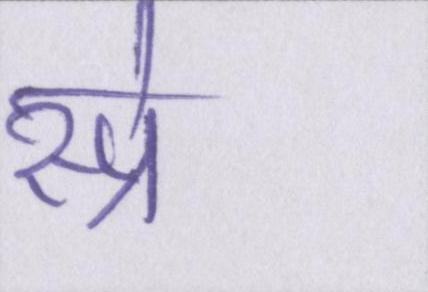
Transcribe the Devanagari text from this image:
स्प्रे